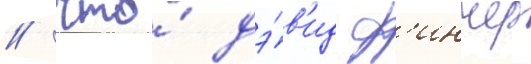
/ что́ дэ́в'ид ф'инчер